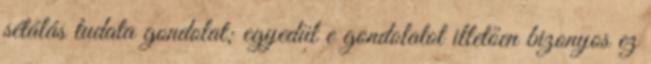
sétálás tudata gondolat; egyedül e gondolatot illetően bizonyos ez